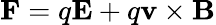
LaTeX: \mathbf{F}=q\mathbf{E}+q\mathbf{v}\times\mathbf{B}